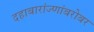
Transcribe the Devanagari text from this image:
दहाबारांज्णांबरोबर